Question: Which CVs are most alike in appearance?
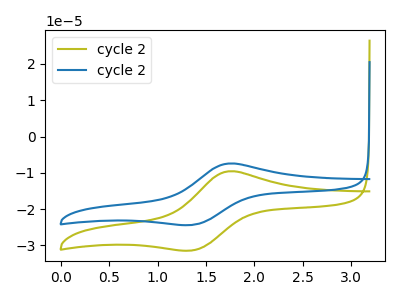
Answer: <think>The olive curve "cycle 21" has an anodic peak at (1.75V, -9.60uA) and a cathodic peak at (1.35V, -31.35uA). The blue curve "cycle 22" has an anodic peak at (1.75V, -7.45uA) and a cathodic peak at (1.35V, -24.30uA).
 All the peaks in "cycle 21" have a peak in "cycle 22" at the same potential.</think>
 <answer>"cycle 21" and "cycle 22" have the same shape and are likely CV's of the same chemical.</answer>
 <eval>"cycle 21" "cycle 22"</eval>